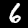
Digit: 6